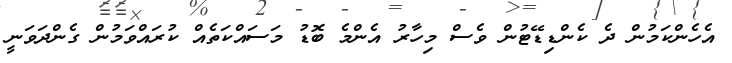
އެހެންކަމުން ދެ ކެންޑިޑޭޓުން ވެސް މިހާރު އެންމެ ބޮޑު މަސައްކަތެއް ކުރައްވަމުން ގެންދަވަނީ